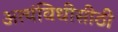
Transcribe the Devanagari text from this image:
अत्यंविधीसीठी